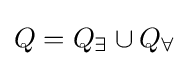
Q=Q_{\exists }\cup Q_{\forall }